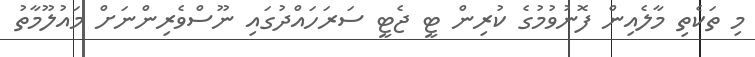
މި ތަކެތި މާލެއިން ފޮނުވުމުގެ ކުރިން ޓީ ޖެޓީ ސަރަހައްދުގައި ނޫސްވެރިންނަށް މައުލޫމާތު